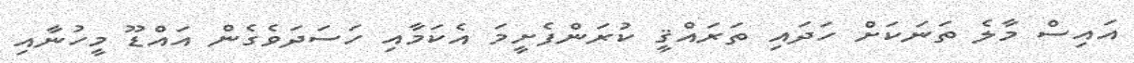
އައިސް މާލެ ތަނަކަށް ހަދައި ތަރައްޤީ ކުރަންފެށީމަ އެކަމާއި ހަސަދަވެގެން އައްޑޫ މީހުނާއި